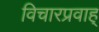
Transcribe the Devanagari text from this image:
विचारप्रवाह्